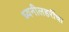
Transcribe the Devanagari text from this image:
ध्वनीलहरींचा